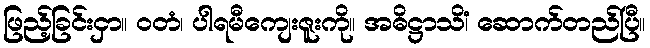
ဖြည့်ခြင်းငှာ။ ဝတံ၊ ပါရမီကျေးဇူးကို။ အဓိဋ္ဌာသိံ၊ ဆောက်တည်ပြီ။